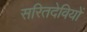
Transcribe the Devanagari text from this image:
सरितदेवियों